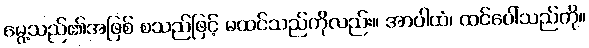
မွေ့သည်၏အဖြစ် စသည်ဖြင့် မထင်သည်ကိုလည်း။ အာပါထံ၊ ထင်ပေါ်သည်ကို။